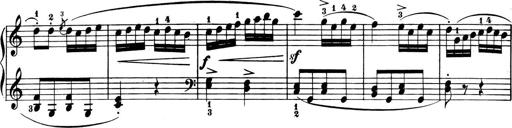
Title: 6 Piano Sonatinas
Composer: Cornelius Gurlitt